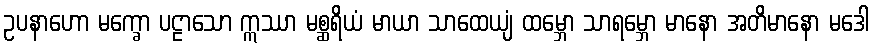
ဥပနာဟော မက္ခော ပဠာသော ဣဿာ မစ္ဆရိယံ မာယာ သာထေယျံ ထမ္ဘော သာရမ္ဘော မာနော အတိမာနော မဒေါ